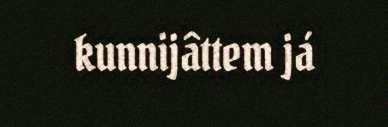
kunnijâttem já